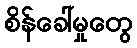
စိန်ခေါ်မှုတွေ